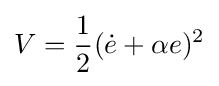
V={\frac {1}{2}}({\dot {e}}+\alpha e)^{2}